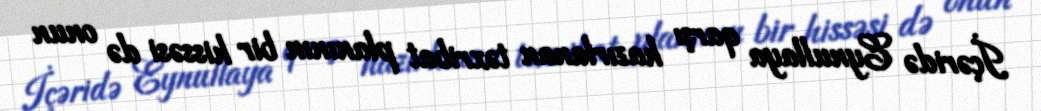
İçəridə Eynullaya qarşı hazırlanan təxribat planının bir hissəsi də onun